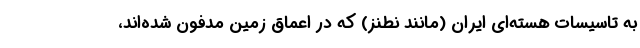
به تاسیسات هسته‌ای ایران (مانند نطنز) که در اعماق زمین مدفون شده‌اند،